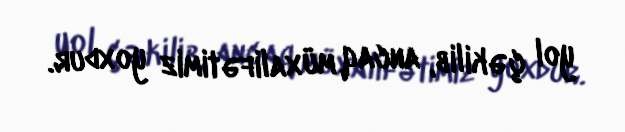
yol çəkilib, ancaq müxalifətimiz yoxdur.